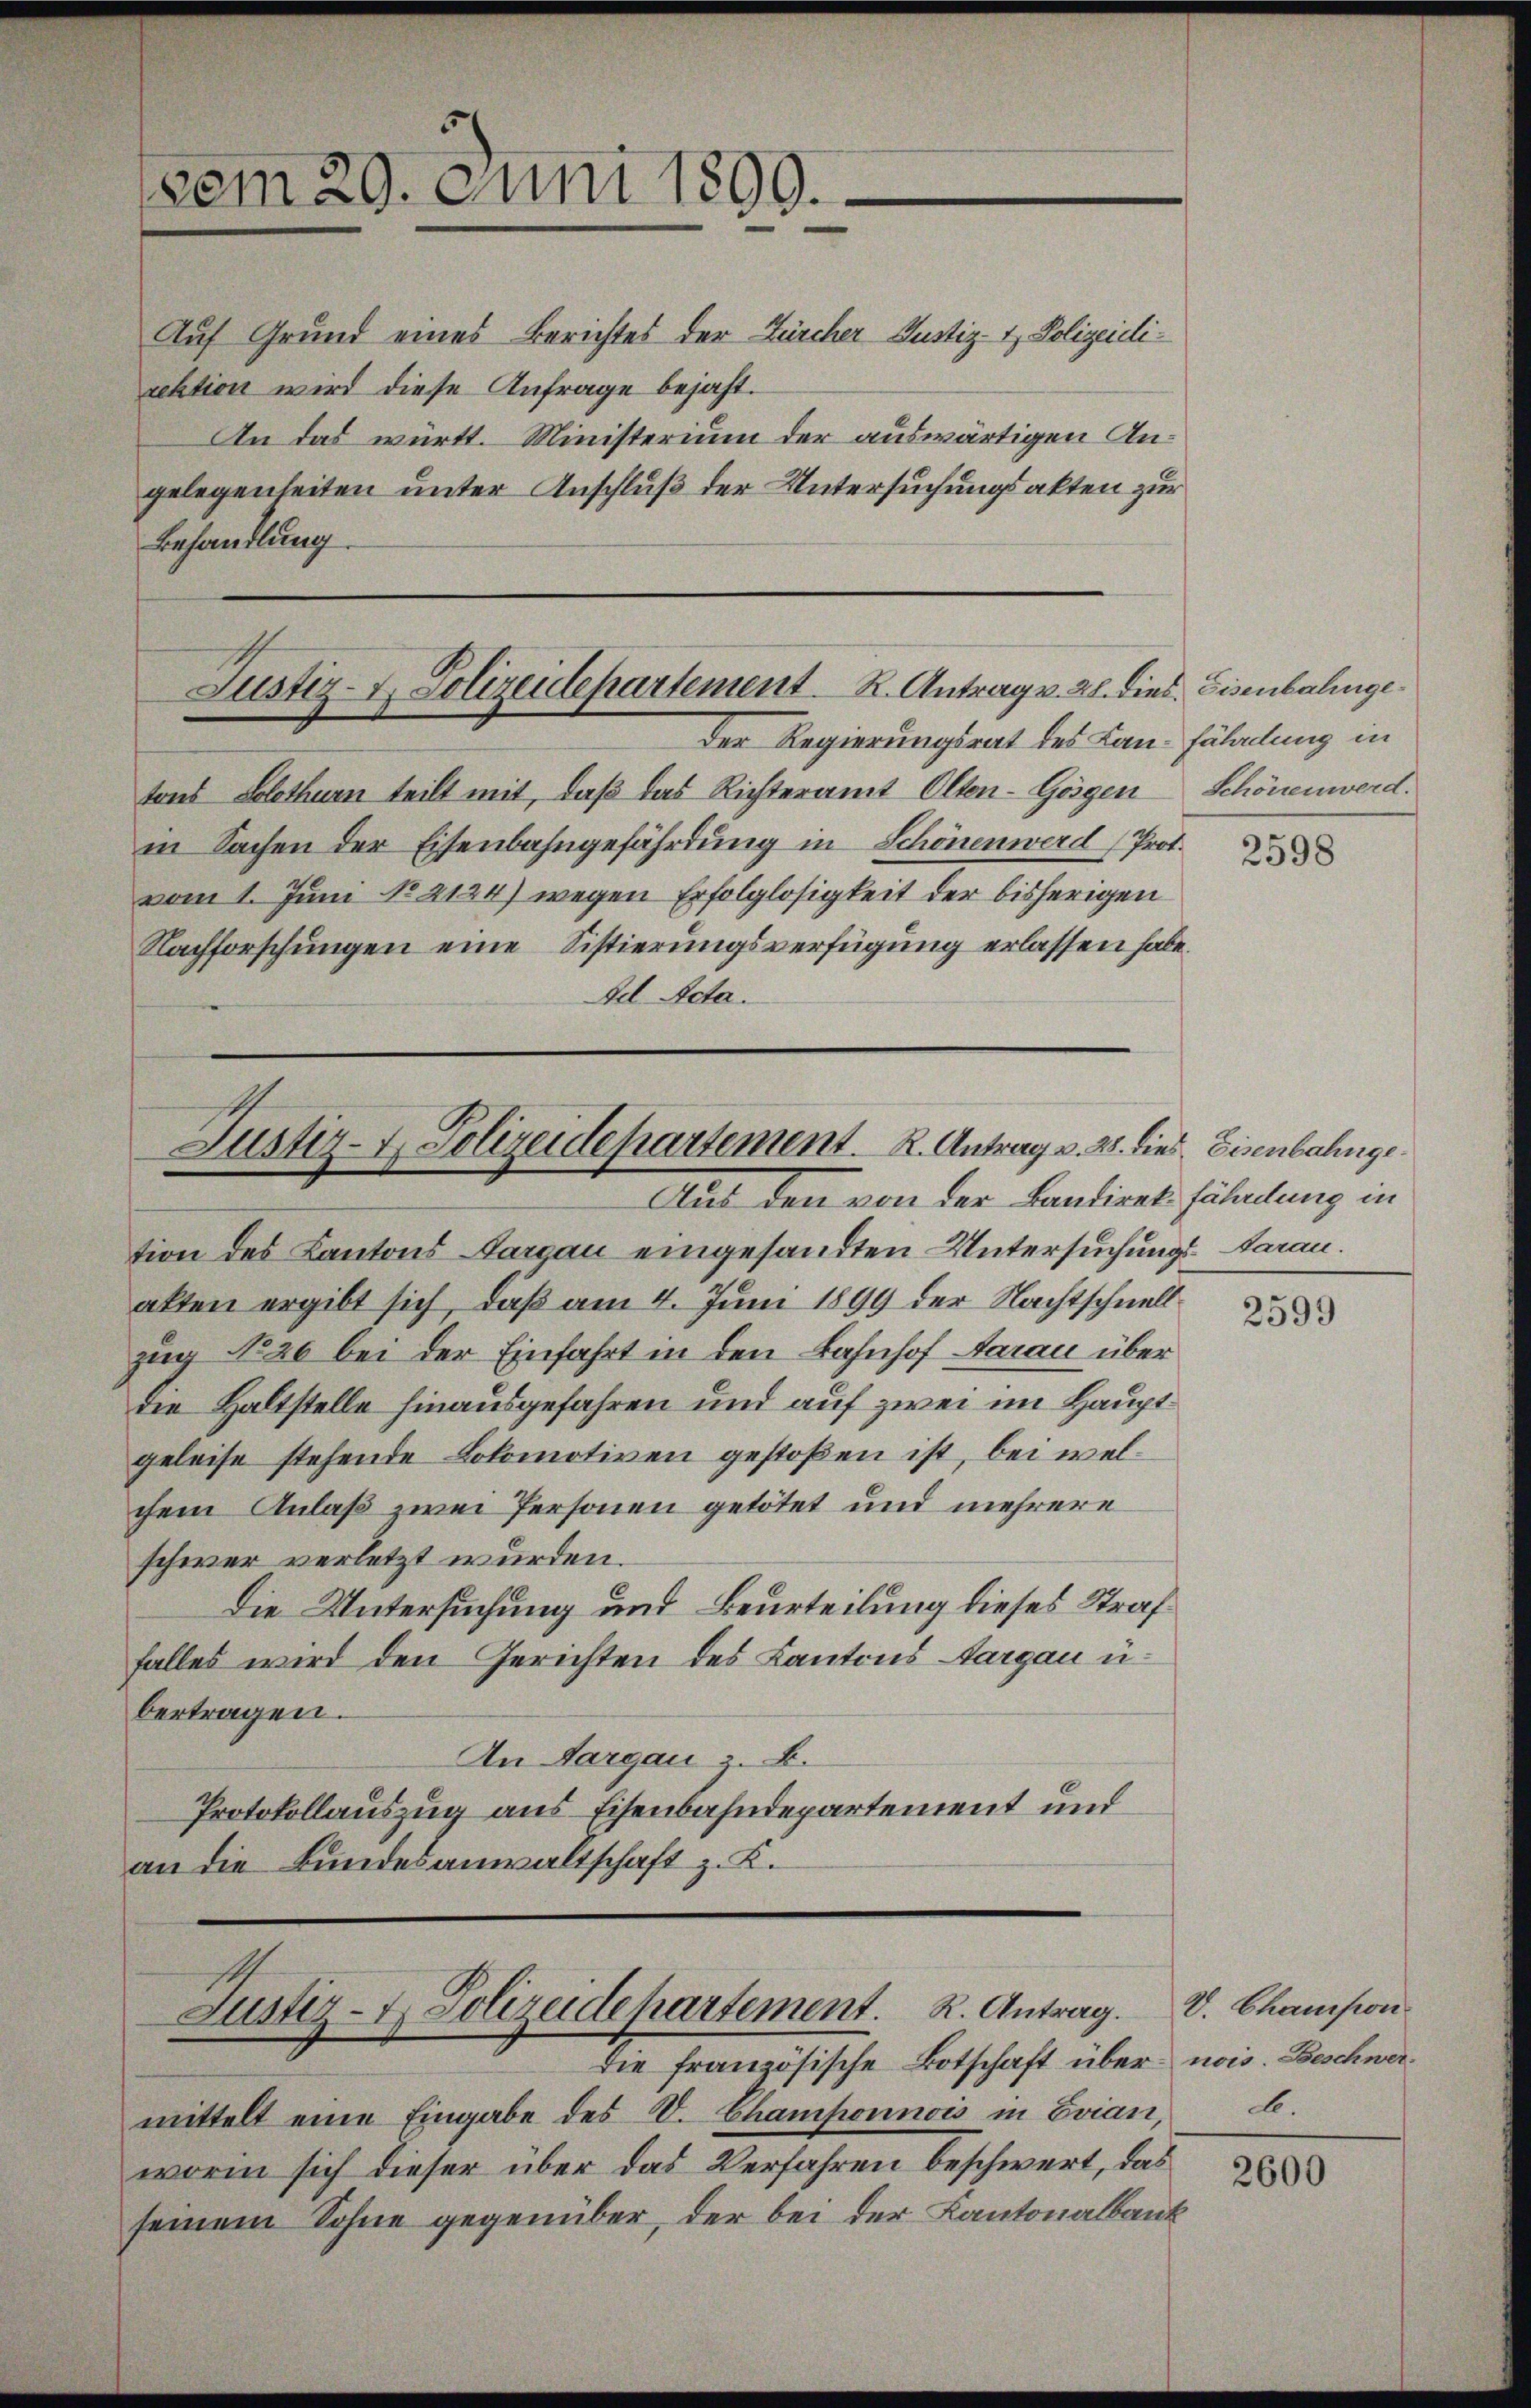
dem 29. Juni 1899.

Auf Grund eines Berichtes der Zürcher Justiz- & Polizeidirektion wird diese Anfrage bejaht.
An das württ. Ministerium der auswärtigen Angelegenseiten unter Anschluß der Untersuchungsakten zur
Behandlung

Justiz- & Polizeidepartement. K. Antrag v. 28. dies Eisenbahnge¬

Der Regierungsrat des Lan-Fäladung in
tons Solothur teilt mit, daß das Richteramt Olten-Gögen Schönenwerd.
in Sachen der Eisenbahngefährdung in Schönen werd (Prot.
vom 1. Juni No 2134) wegen Erfolglosigkeit der bisherigen
Nachforschungen eine Sistierungsverfügung erlassen habe.
Fel. Acta.

Justiz- & Polizeidepartement. K. Antrag v. 28. dies. Eisenbahnge
Auch den von der Kantiret

tion des Kantons Aargau eingesandten Untersuchung
akten ergibt sich, daß am 4. Juni 1899 der Nachtschnell
zug No 26 bei der Einfahrt in den Bahnhof darau über
die Haltstelle hinausgefahren und auf zwei im Hauptgeleise stehende Lokomotiven gestoßen ist, bei welchem Anlaß zwei Personen getötet und mehrere
schwer verletzt wurden.
Die Untersuchung und Beurteilung dieses Straf
falles wird den Gerichten des Kantons Aargau u.
bertragen.
An Sargau z. B.
Protokollauszug aus Eisenbahndepartement und
an die Bundesanwaltschaft z. K.
Justiz- & Polizeidepartement. R. Antrag.
die französische Botschaft über nois. Beschwermittelt eine Eingabe des V. Champonnois in Evian, b.
worin sich dieser über das Verfahren beschwert, das
seinem Sohne gegenüber, der bei der Kantonalbank

2598

fährdung in
2. Aarau

2599

V. Chanision

2600